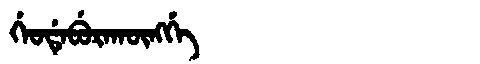
Manchu: ᡤᡝᠣᡩᡝᠪᡠᡵᠠᡴᡡᠩᡤᡝ
Romanization: GEODEBURAKŪNGGE